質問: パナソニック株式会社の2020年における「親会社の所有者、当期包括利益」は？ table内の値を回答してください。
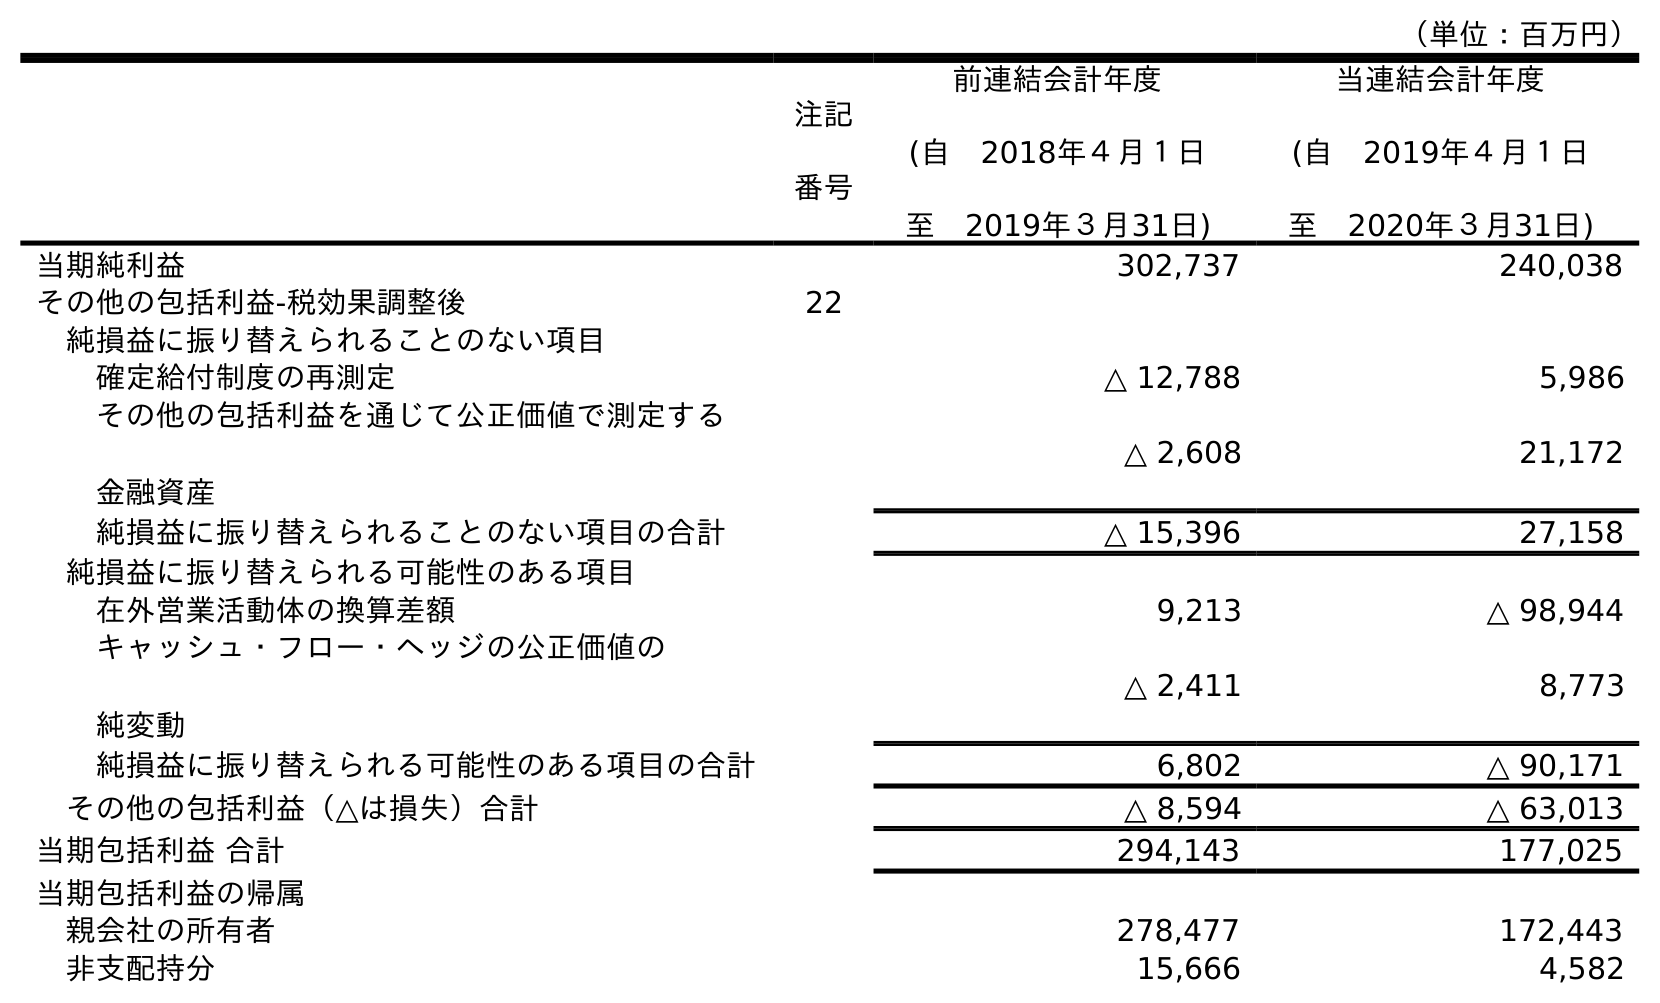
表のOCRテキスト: （単位：百万円） 注記 番号 前連結会計年度 (自 2018年４月１日 至 2019年３月31日) 当連結会計年度 (自 2019年４月１日 至 2020年３月31日) 当期純利益 302,737 240,038 その他の包括利益-税効果調整後 22 純損益に振り替えられることのない項目 確定給付制度の再測定 △ 12,788 5,986 その他の包括利益を通じて公正価値で測定する 金融資産 △ 2,608 21,172 純損益に振り替えられることのない項目の合計 △ 15,396 27,158 純損益に振り替えられる可能性のある項目 在外営業活動体の換算差額 9,213 △ 98,944 キャッシュ・フロー・ヘッジの公正価値の 純変動 △ 2,411 8,773 純損益に振り替えられる可能性のある項目の合計 6,802 △ 90,171 その他の包括利益（△は損失）合計 △ 8,594 △ 63,013 当期包括利益 合計 294,143 177,025 当期包括利益の帰属 親会社の所有者 278,477 172,443 非支配持分 15,666 4,582
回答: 172,443